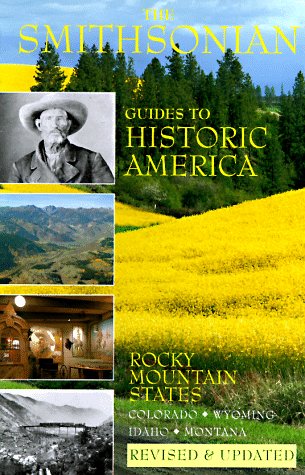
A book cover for The Rocky Mountain States: Smithsonian Guides (Smithsonian Guides to Historic America) (Vol 8); Jerry Camarillo Dunn; Travel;